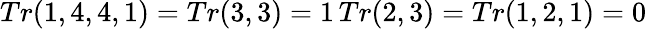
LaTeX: Tr(1,4,4,1)=Tr(3,3)=1\, Tr(2,3)=Tr(1,2,1)=0